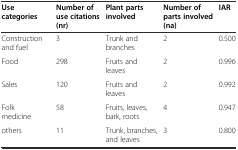
| Use categories | Number of use citations (nr) | Plant parts involved | Number of parts involved (na) | IAR |
 | --- | --- | --- | --- | --- |
 | Construction and fuel | 3 | Trunk and branches | 2 | 0.500 |
 | Food | 298 | Fruits and leaves | 2 | 0.996 |
 | Sales | 120 | Fruits and leaves | 2 | 0.992 |
 | Folk medicine | 58 | Fruits, leaves, bark, roots | 4 | 0.947 |
 | others | 11 | Trunk, branches, and leaves | 3 | 0.800 |